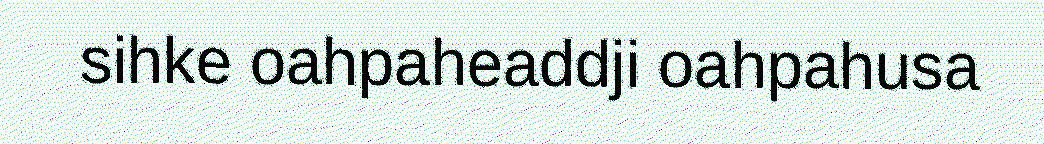
sihke oahpaheaddji oahpahusa